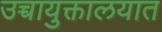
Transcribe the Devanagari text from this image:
उच्चायुक्तालयात